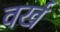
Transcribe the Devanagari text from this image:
वर्ख